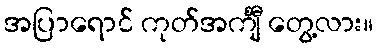
အပြာရောင် ကုတ်အင်္ကျီ တွေ့လား။